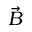
\vec { B }